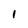
Character: l